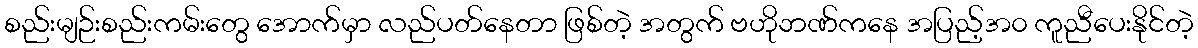
စည်းမျဉ်းစည်းကမ်းတွေ အောက်မှာ လည်ပတ်နေတာ ဖြစ်တဲ့ အတွက် ဗဟိုဘဏ်ကနေ အပြည့်အ၀ ကူညီပေးနိုင်တဲ့